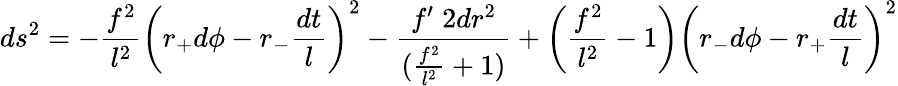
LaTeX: ds^{2}=-\frac{f^{2}}{l^{2}}\left(r_{+}d\phi-r_{-}\frac{dt}{l}\right)^{2}-\frac{f{'\; 2}dr^{2}}{(\frac{f^{2}}{l^{2}}+1)}+\left(\frac{f^{2}}{l^{2}}-1\right)\left(r_{-}d\phi-r_{+}\frac{dt}{l}\right)^{2}